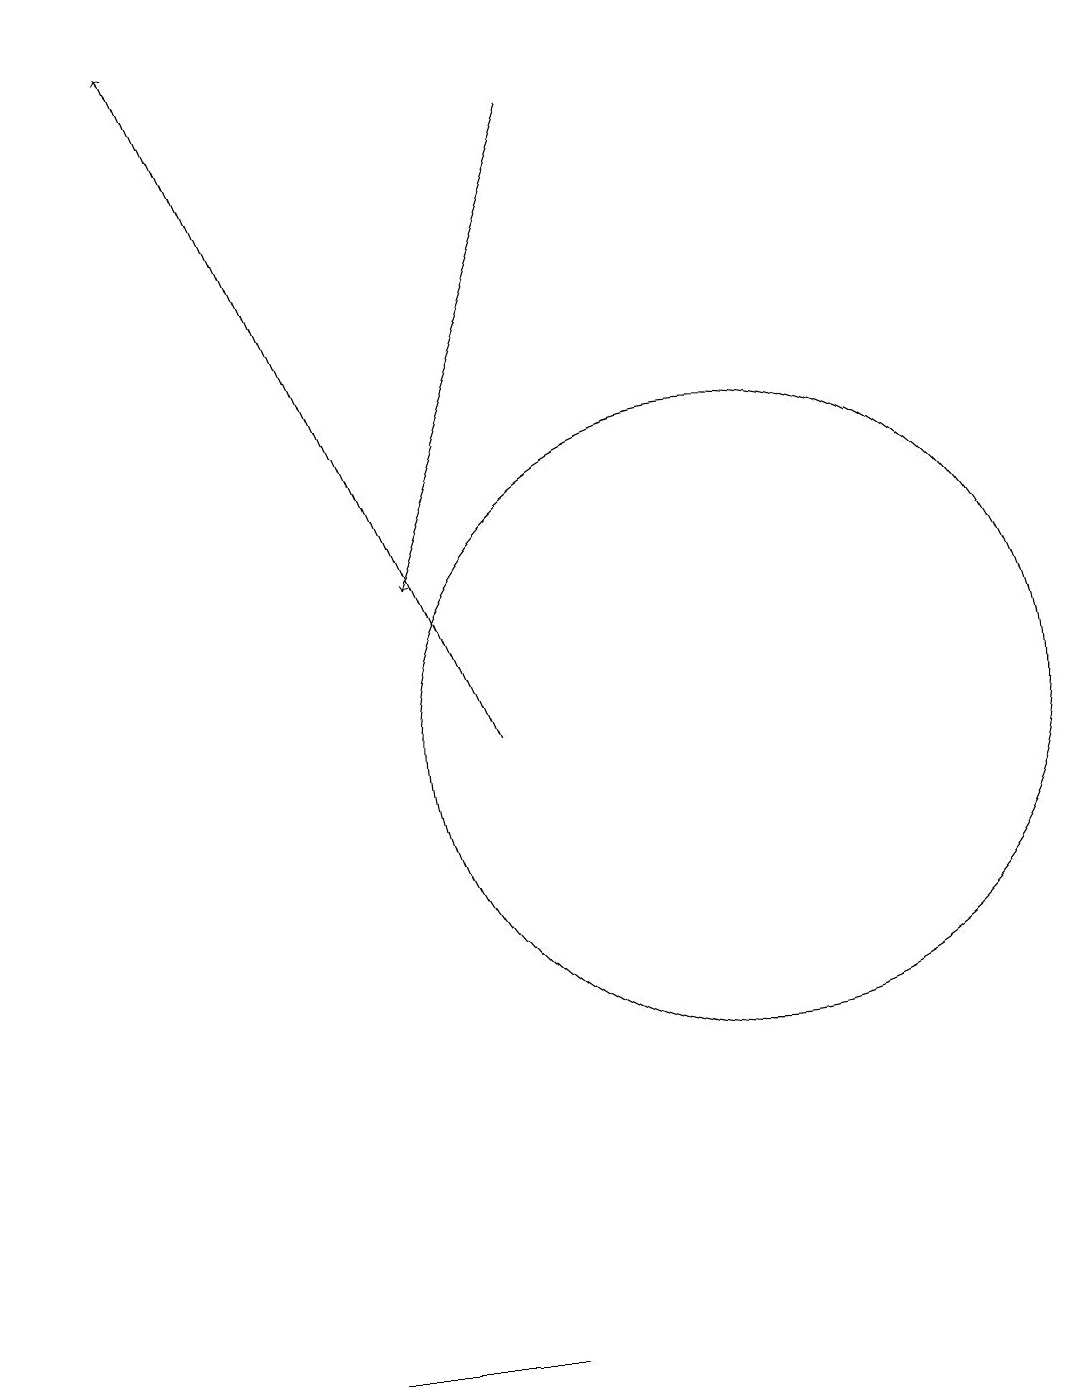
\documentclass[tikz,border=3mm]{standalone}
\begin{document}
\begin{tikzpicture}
\draw (12,10) circle (0);
\draw (11,10) circle (4);
\draw[->] (9,18) -- (7,12);
\draw[->] (8,10) -- (4,19);
\draw (4,2) -- (2,2) -- (8,2) -- cycle;
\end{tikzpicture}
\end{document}